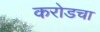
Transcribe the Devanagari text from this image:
करोडचा